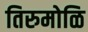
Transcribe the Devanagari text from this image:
तिरुमोळि